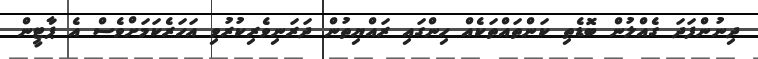
ދިނުންފަދަ ގެއްލުން ބޮޑެތި ކަންތައްތަކެއް ހިންގައި ރައްޔިތުން ދަރަނިވެރިކުރުވި އަހަރެކަމަށްވެސް އެ ޕާޓީން